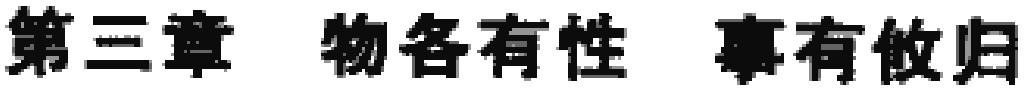
第三章 物各有性 事有攸归